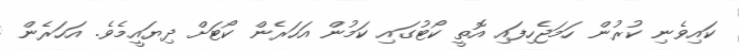
ކައިވެނި ކުރުން ހަމަޖެހިފައި އޮތީ ކޯޓުގައި ކަމުން އަހަރެން ކޯޓަށް ދިޔައީމެވެ. އަހަރެން